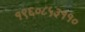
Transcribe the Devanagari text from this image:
१९६०८५३११०